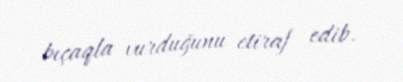
bıçaqla vurduğunu etiraf edib.